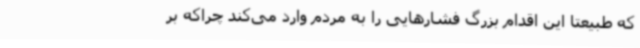
که طبیعتاً این اقدام بزرگ فشارهایی را به مردم وارد می‌کند چراکه بر